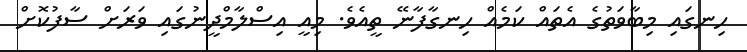
ހިނގައި މިބާވަތުގެ އެތައް ކަމެއް ހިނގާފާނޭ ތީއެވެ. މިއީ އިސްލާމްދީނުގައި ވަރަށް ސާފުކޮށް